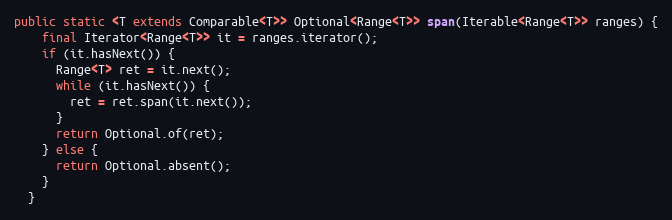
Language: Java
public static <T extends Comparable<T>> Optional<Range<T>> span(Iterable<Range<T>> ranges) {
    final Iterator<Range<T>> it = ranges.iterator();
    if (it.hasNext()) {
      Range<T> ret = it.next();
      while (it.hasNext()) {
        ret = ret.span(it.next());
      }
      return Optional.of(ret);
    } else {
      return Optional.absent();
    }
  }